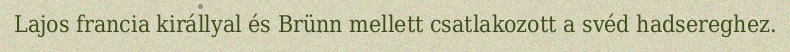
Lajos francia királlyal és Brünn mellett csatlakozott a svéd hadsereghez.